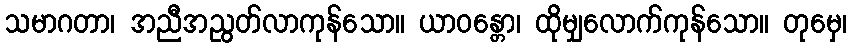
သမာဂတာ၊ အညီအညွတ်လာကုန်သော။ ယာဝန္တော၊ ထိုမျှလောက်ကုန်သော။ တုမှေ၊